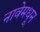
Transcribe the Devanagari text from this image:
नावेमधून